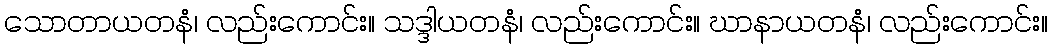
သောတာယတနံ၊ လည်းကောင်း။ သဒ္ဒါယတနံ၊ လည်းကောင်း။ ဃာနာယတနံ၊ လည်းကောင်း။